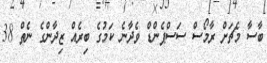
ބާސާ މެޗަށް ރާމޯސް ސަސްޕެންޑް ވެދާނެ ކަމުގެ ބިރެއް ޒިދާންގެ ނެތް 38